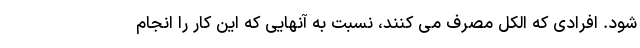
شود. افرادی که الکل مصرف می کنند، نسبت به آنهایی که این کار را انجام